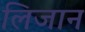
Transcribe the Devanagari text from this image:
लिजान